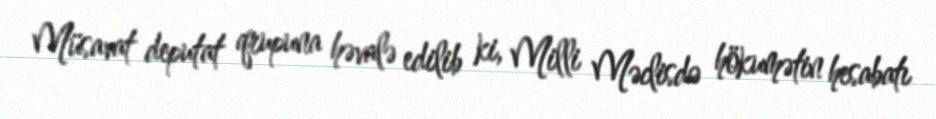
Müsavat deputat qrupuna həvalə edilib ki, Milli Məclisdə hökumətin hesabatı